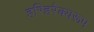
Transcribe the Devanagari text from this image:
हरिहरैक्यरूप